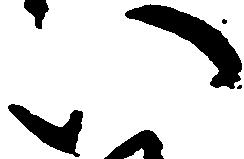
い